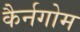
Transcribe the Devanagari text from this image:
कैर्नगोम